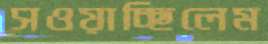
সওয়াচ্ছিলেম